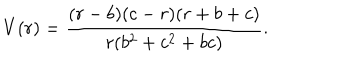
V ( r ) = \frac { ( r - b ) ( c - r ) ( r + b + c ) } { r ( b ^ { 2 } + c ^ { 2 } + b c ) } .